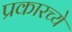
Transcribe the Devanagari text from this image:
प्रकारच्ये